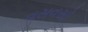
વસવસો